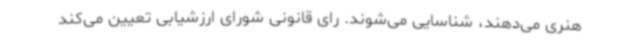
هنری می‌دهند، شناسایی می‌شوند. رای قانونی شورای ارزشیابی تعیین می‌کند